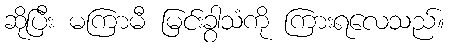
ဆိုပြီး မကြာမီ မြင်းခွာသံကို ကြားရလေသည်။